Report on the nature of kala-azar
Disease focus: Kala-Azar
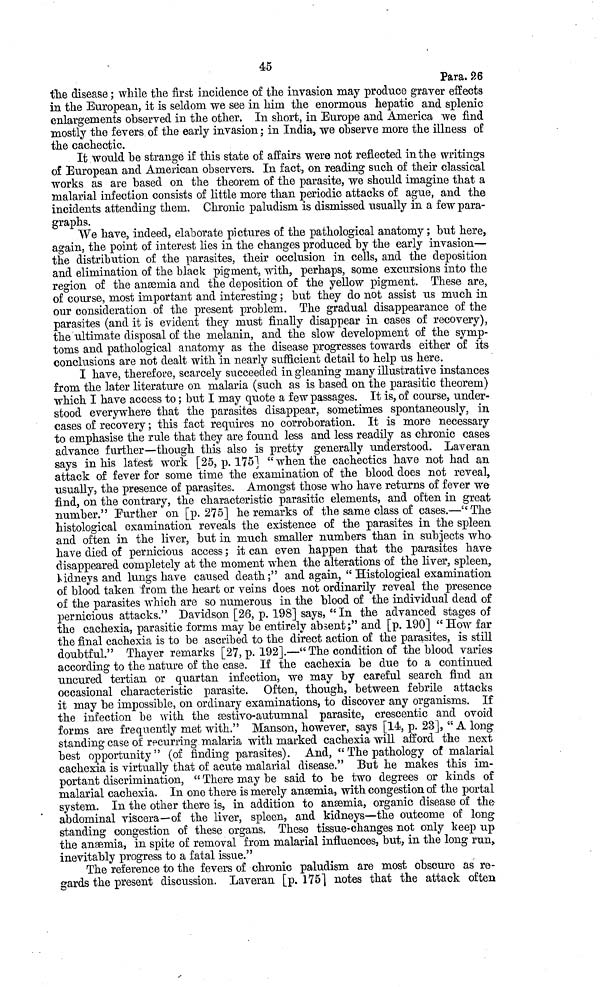
45
Para. 26
the disease ; while the first incidence of the invasion may produce graver effects
in the European, it is seldom we see in him the enormous hepatic and splenic
enlargements observed in the other. In short, in Europe and America we find
mostly the fevers of the early invasion ; in India, we observe more the illness of
the cachectic.
It would be strange if this state of affairs were not reflected in the writings
of European and American observers. In fact, on reading such of their classical
works as are based on the theorem of the parasite, we should imagine that a
malarial infection consists of little more than periodic attacks of ague, and the
incidents attending them. Chronic paludism is dismissed usually in a few para-
graphs.
"We have, indeed, elaborate pictures of the pathological anatomy ; but here,
again, the point of interest lies in the changes produced by the early invasion—
the distribution of the parasites, their occlusion in cells, and the deposition
and elimination of the black pigment, with, perhaps, some excursions into the
region of the anærnia and the deposition of the yellow pigment. These are,
of course, most important and interesting ; but they do not assist us much in
our consideration of the present problem. The gradual disappearance of the
parasites (and it is evident they must finally disappear in cases of recovery),
the ultimate disposal of the melanin, and the slow development of the symp-
toms and pathological anatomy as the disease progresses towards either of its
conclusions are not dealt with in nearly sufficient detail to help us here.
I have, therefore, scarcely succeeded in gleaning many illustrative instances
from the later literature on malaria (such as is based on the parasitic theorem)
which I have access to ; but I may quote a few passages. It is, of course, under-
stood everywhere that the parasites disappear, sometimes spontaneously, in
cases of recovery ; this fact requires no corroboration. It is more necessary
to emphasise the rule that they are found less and less readily as chronic cases-
advance further—though this also is pretty generally understood. Laveran
says in his latest work [25, p. 175] "when the cachectics have not had an
attack of fever for some time the examination of the blood does not reveal,
usually, the presence of parasites. Amongst those who have returns of fever we
find, on the contrary, the characteristic parasitic elements, and often in great
number." Further on [p. 275] he remarks of the same class of cases.—"The
histological examination reveals the existence of the parasites in the spleen
and often in the liver, but in much smaller numbers than in subjects who
have died of pernicious access ; it can even happen that the parasites have
disappeared completely at the moment when the alterations of the liver, spleen,
kidneys and lungs have caused death;" and again, "Histological examination
of blood taken from the heart or veins does not ordinarily reveal the presence
of the parasites which are so numerous in the blood of the individual dead of
pernicious attacks." Davidson [26, p. 198] says, " In the advanced stages of
the cachexia, parasitic forms may be entirely absent;" and [p. 190] " How far
the final cachexia is to be ascribed to the direct action of the parasites, is still
doubtful." Thayer remarks [27, p. 192].—" The condition of the blood varies
according to the nature of the case. If the cachexia be due to a continued
uncured tertian or quartan infection, we may by careful search find an
occasional characteristic parasite. Often, though, between febrile attacks
it may be impossible, on ordinary examinations, to discover any organisms. If
the infection be with the sestivo-autumnal parasite, crescentic and ovoid
forms are frequently met with." Manson, however, says [14, p. 23], " A long
standing case of recurring malaria with marked cachexia will afford the next
best opportunity" (of finding parasites). And, " The pathology of malarial
cachexia is virtually that of acute malarial disease." But he makes this im-
portant discrimination, " There may be said to be two degrees or kinds of
malarial cachexia. In one there is merely ansemia, with congestion of the portal
system. In the other there is, in addition to ansemia, organic disease of the-
abdominal viscera—of the liver, spleen, and kidneys—the outcome of long
standing congestion of these organs. These tissue-changes not only keep up
the anæmia, in spite of removal from malarial influences, but, in the long run,
inevitably progress to a fatal issue."
The reference to the fevers of chronic paludism are most obscure as re-
gards the present discussion. Laveran [p. 175] notes that the attack often